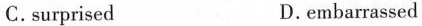
C. surprised D. embarrassed